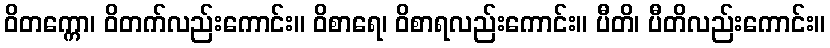
ဝိတက္ကော၊ ဝိတက်လည်းကောင်း။ ဝိစာရေ၊ ဝိစာရလည်းကောင်း။ ပီတိ၊ ပီတိလည်းကောင်း။